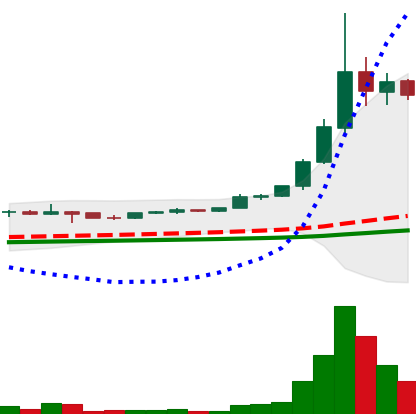
Ticker: ETC-USD
Chart end date: 2021-05-09
Forward return: -11.291%
Label: down_7plus